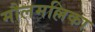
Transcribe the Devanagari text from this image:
मौलमल्लिका